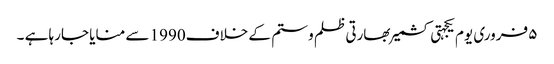
۵ فروری یوم یکجہتی کشمیر بھارتی ظلم و ستم کے خلاف1990 سے منایا جارہا ہے ۔